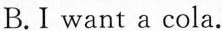
B.I want a cola.